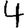
Digit: 4